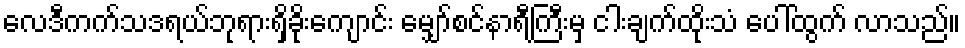
လေဒီကက်သဒရယ်ဘုရားရှိခိုးကျောင်း မျှော်စင်နာရီကြီးမှ ငါးချက်ထိုးသံ ပေါ်ထွက် လာသည်။